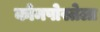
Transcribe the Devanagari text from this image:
कोमपोस्तेला